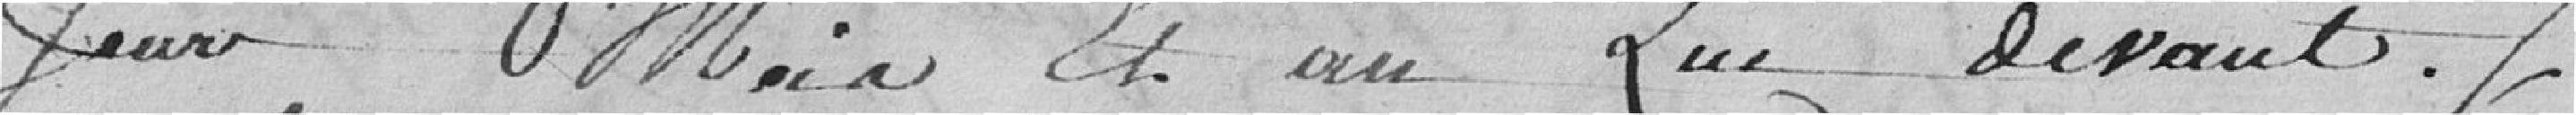
jour, mois, et an que devant.